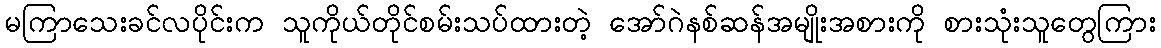
မကြာသေးခင်လပိုင်းက သူကိုယ်တိုင်စမ်းသပ်ထားတဲ့ အော်ဂဲနစ်ဆန်အမျိုးအစားကို စားသုံးသူတွေကြား